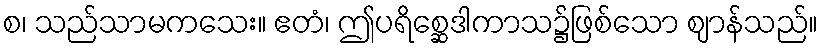
စ၊ သည်သာမကသေး။ ဧတံ၊ ဤပရိစ္ဆေဒါကာသ၌ဖြစ်သော ဈာန်သည်။